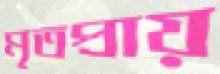
মৃতপ্রায়